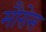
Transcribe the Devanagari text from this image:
मौरोस